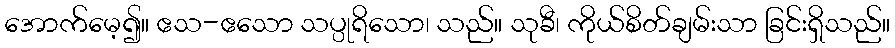
အောက်မေ့၍။ ဧသ-ဧသော သပ္ပုရိသော၊ သည်။ သုခီ၊ ကိုယ်စိတ်ချမ်းသာ ခြင်းရှိသည်။